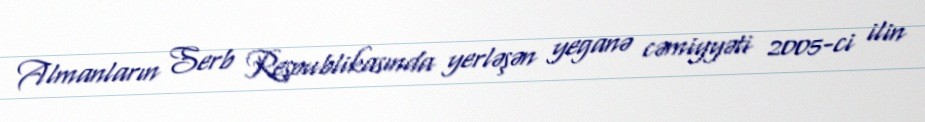
Almanların Serb Respublikasında yerləşən yeganə cəmiyyəti 2005-ci ilin